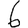
Digit: 6